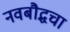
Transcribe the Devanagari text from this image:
नवबौद्धचा